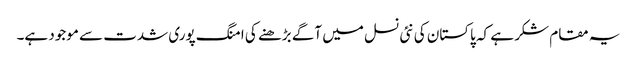
یہ مقام شکر ہے کہ پاکستان کی نئی نسل میں آگے بڑھنے کی امنگ پوری شدت سے موجود ہے۔